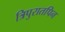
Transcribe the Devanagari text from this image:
त्रिपुरातपिन